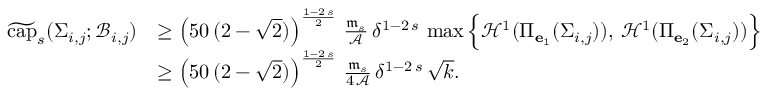
\begin{array} { r l } { \widetilde { \mathrm { c a p } } _ { s } ( \Sigma _ { i , j } ; \mathcal { B } _ { i , j } ) } & { \ge \left( 5 0 \, ( 2 - \sqrt { 2 } ) \right) ^ { \frac { 1 - 2 \, s } { 2 } } \, \frac { \mathfrak { m } _ { s } } { \mathcal { A } } \, \delta ^ { 1 - 2 \, s } \, \operatorname* { m a x } \Big \{ \mathcal { H } ^ { 1 } ( \Pi _ { \mathbf { e } _ { 1 } } ( \Sigma _ { i , j } ) ) , \, \mathcal { H } ^ { 1 } ( \Pi _ { \mathbf { e } _ { 2 } } ( \Sigma _ { i , j } ) ) \Big \} } \\ & { \ge \left( 5 0 \, ( 2 - \sqrt { 2 } ) \right) ^ { \frac { 1 - 2 \, s } { 2 } } \, \frac { \mathfrak { m } _ { s } } { 4 \, \mathcal { A } } \, \delta ^ { 1 - 2 \, s } \, \sqrt { k } . } \end{array}